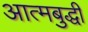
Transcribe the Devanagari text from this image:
आत्मबुद्धी